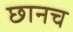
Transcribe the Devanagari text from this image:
छानच